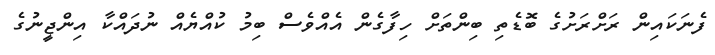
ފެނަކައިން ރަށްރަށުގެ ބޮޑެތި ބިންތަށް ހިފާގެން އެއްވެސް ބިމު ކުއްޔެއް ނުދައްކާ އިންޖީނުގެ